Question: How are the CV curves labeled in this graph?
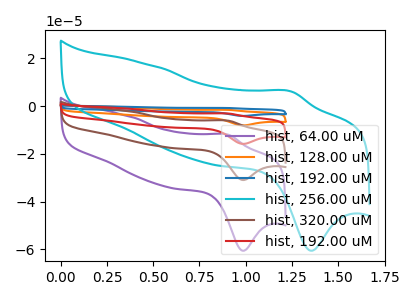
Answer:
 <answer>The purple curve is labeled "hist, 64.00 uM". The orange curve is labeled "hist, 128.00 uM". The blue curve is labeled "hist, 192.00 uM". The cyan curve is labeled "hist, 256.00 uM". The brown curve is labeled "hist, 320.00 uM". The red curve is labeled "hist, 192.00 uM".</answer>
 <eval></eval>